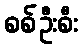
စစ်ဦးစီး